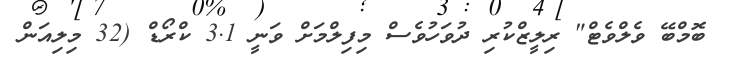
ބޮމްބޭ ވެލްވެޓް" ރިލީޒްކުރި ދުވަހުވެސް މިފިލްމަށް ވަނީ 3.1 ކްރޯޑް (32 މިލިއަން